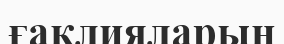
ғақлияларын